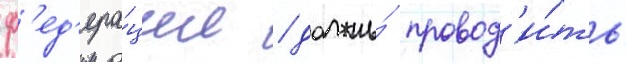
ф'ед'ера́ции / должны́ провод'и́ть